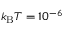
{ k _ { \mathrm { B } } T = 1 0 ^ { - 6 } \, }